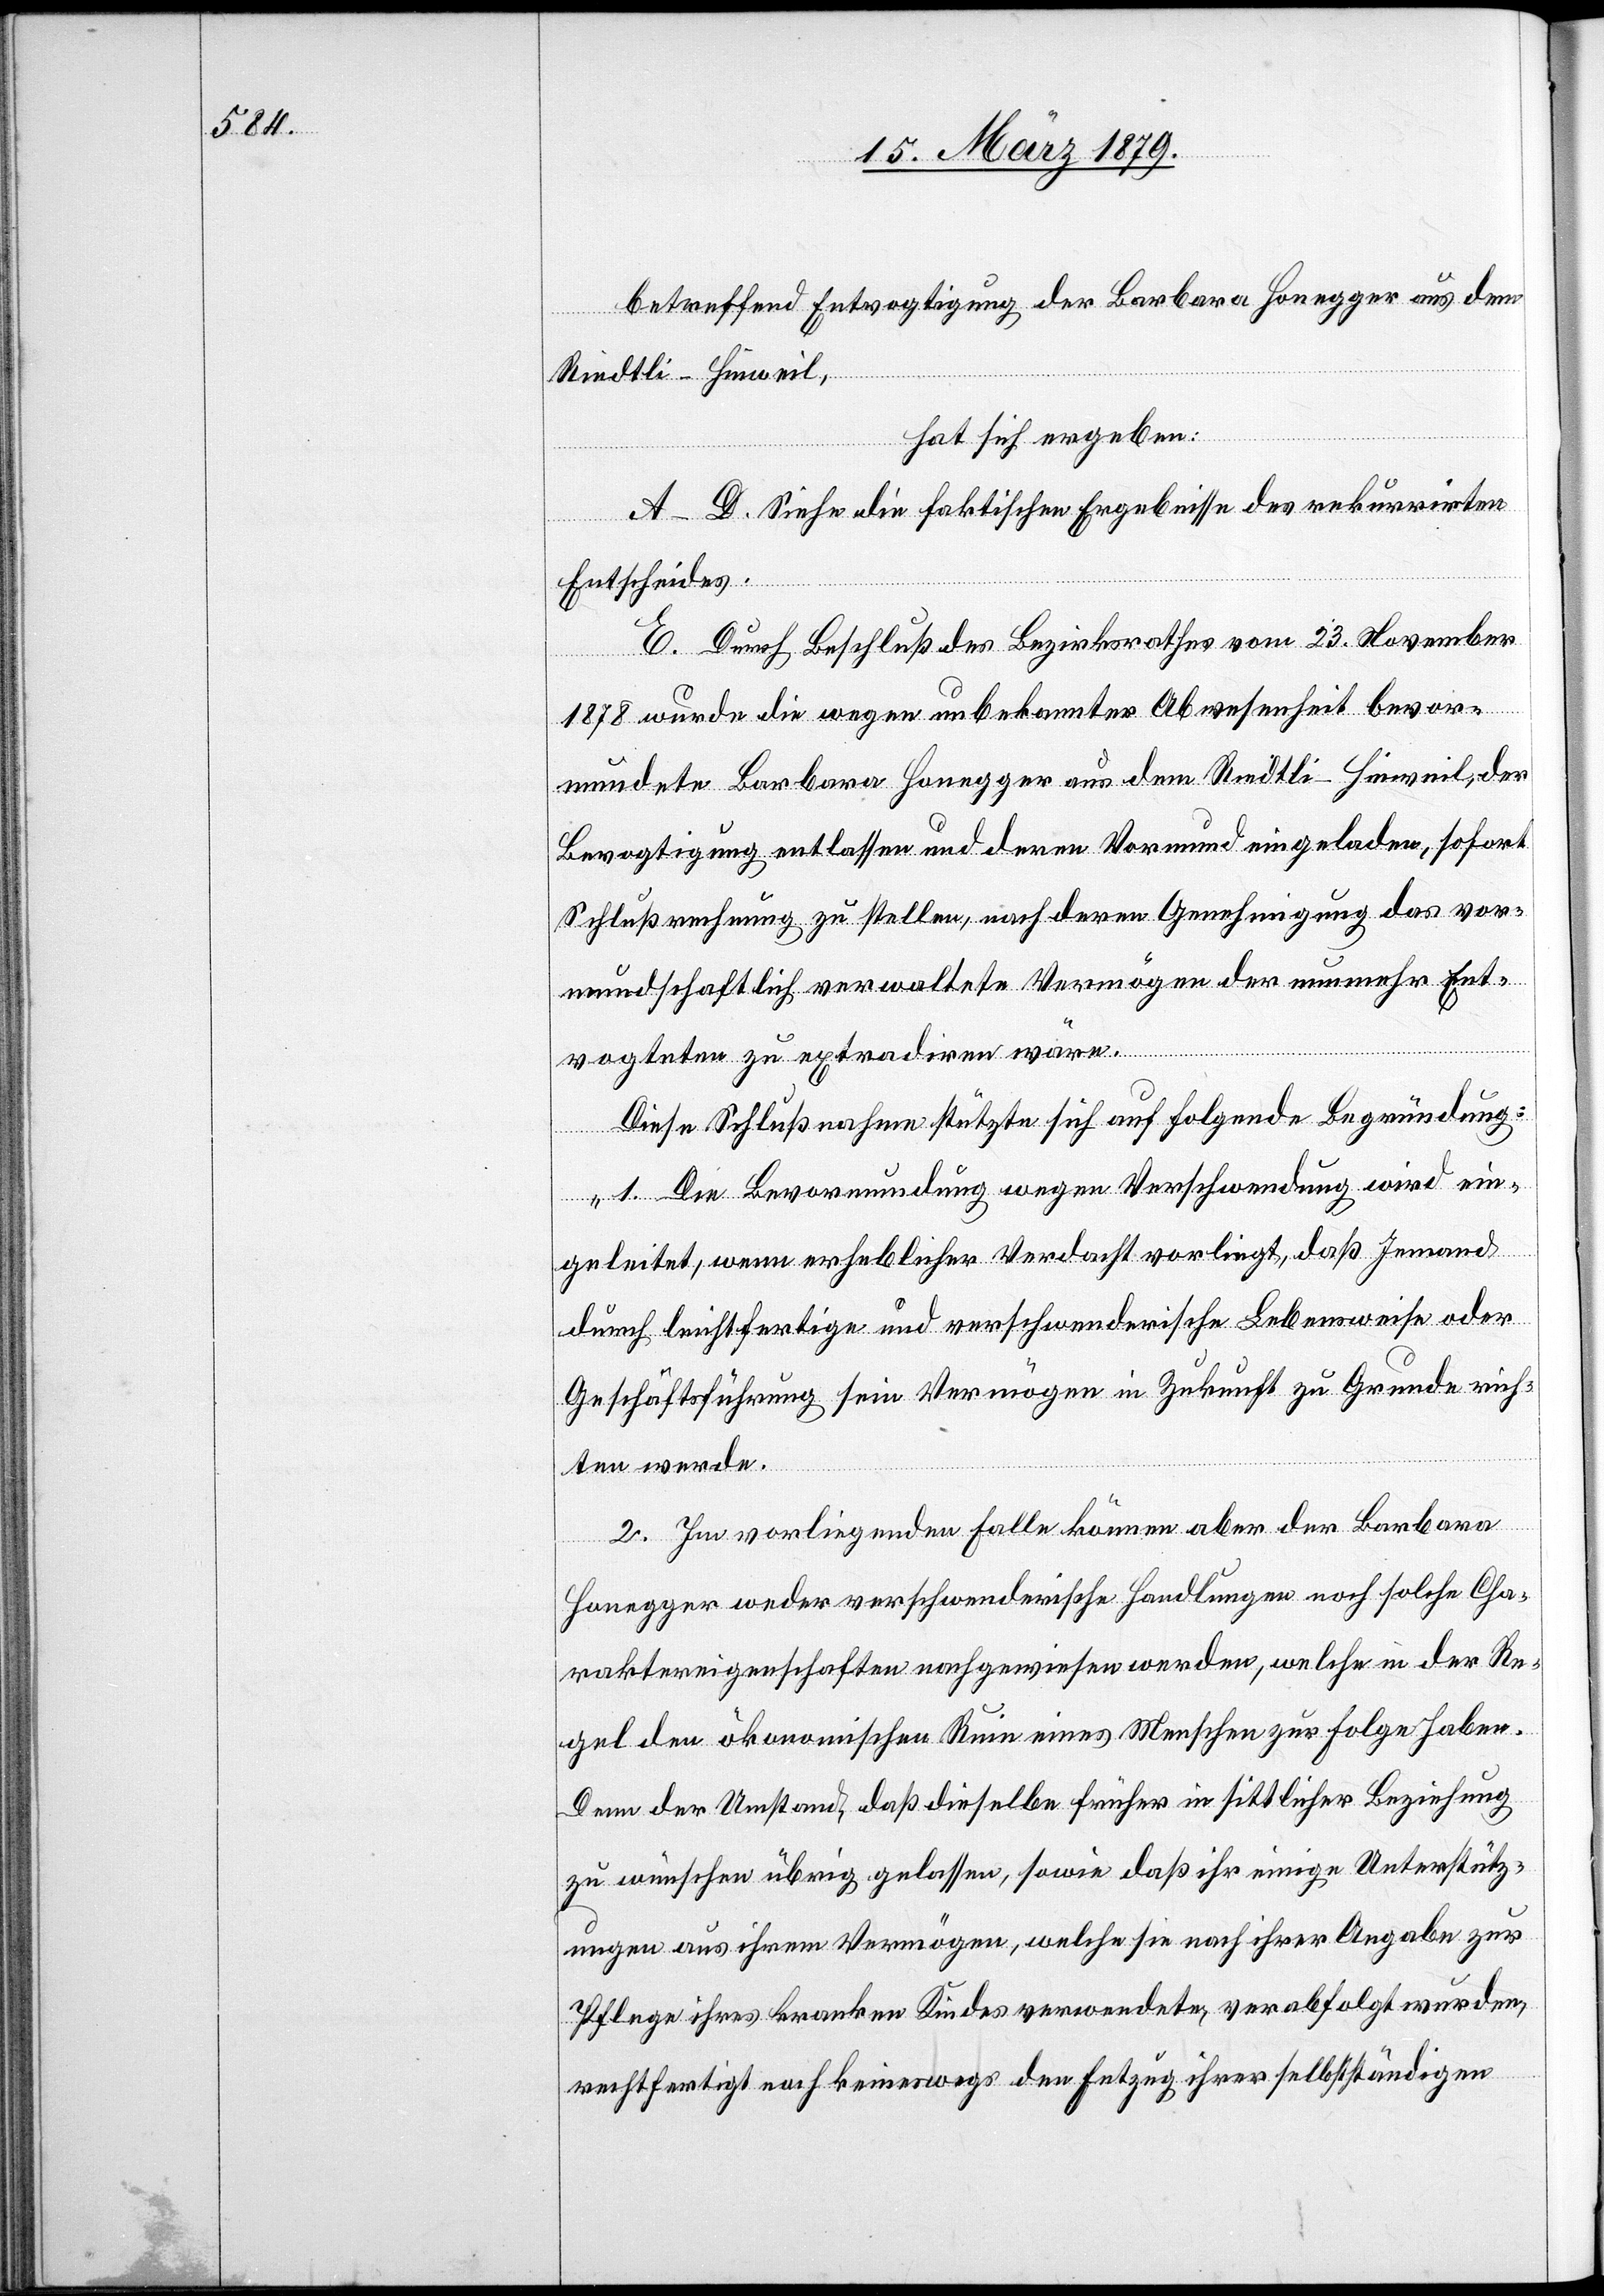
betreffend Entvogtigung der Barbara Honegger aus dem
Riedtli - Hinweil,
hat sich ergeben:
A–D. Siehe die faktischen Ergebnisse des rekurrirten
Entscheides.
E. Durch Beschluß des Bezirksrathes vom 23. November
1878 wurde die wegen unbekannter Abwesenheit bevor¬
mundete Barbara Honegger aus dem Riedtli - Hinweil, der
Bevogtigung entlassen und deren Vormund eingeladen, sofort
Schlußrechnung zu stellen, nach deren Genehmigung das vor¬
mundschaftlich verwaltete Vermögen der nunmehr Ent¬
vogteten zu extradiren wäre.
Diese Schlußnahme stützte sich auf folgende Begründung:
„1. Die Bevormundung wegen Verschwendung wird ein¬
geleitet, wenn erheblicher Verdacht vorliegt, daß Jemand
durch leichtfertige und verschwenderische Lebensweise oder
Geschäftsführung sein Vermögen in Zukunft zu Grunde rich¬
ten werde.
2. Im vorliegenden Falle können aber der Barbara
Honegger weder verschwenderische Handlungen noch solche Cha¬
raktereigenschaften nachgewiesen werden, welche in der Re¬
gel den ökonomischen Ruin eines Menschen zur Folge haben.
Denn der Umstand, daß dieselbe früher in sittlicher Beziehung
zu wünschen übrig gelassen, sowie daß ihr einige Unterstütz¬
ungen aus ihrem Vermögen, welche sie nach ihrer Angabe zur
Pflege ihres kranken Kindes verwendete, verabfolgt wurden,
rechtfertigt noch keineswegs den Entzug ihrer selbstständigen